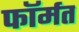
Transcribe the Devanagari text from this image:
फॉर्मत